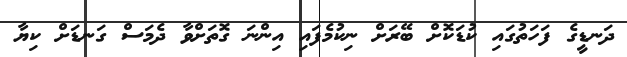
ދަނޑީގެ ފަހަތުގައި ކުޑަކޮށް ބޭރަށް ނިކުމެފައި އިންނަ ގޮތަށްވާ ދެމަސް ގަނޑަށް ކިޔާ